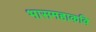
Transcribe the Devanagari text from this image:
भासमहाकवि